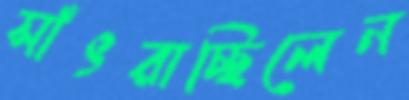
সাঁৎরাচ্ছিলেন